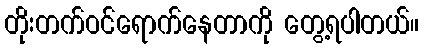
တိုးတက်ဝင်ရောက်နေတာကို တွေ့ရပါတယ်။